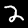
Label: 2